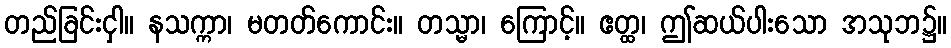
တည်ခြင်းငှါ။ နသက္ကာ၊ မတတ်ကောင်း။ တသ္မာ၊ ကြောင့်။ ဧတ္ထ၊ ဤဆယ်ပါးသော အသုဘ၌။